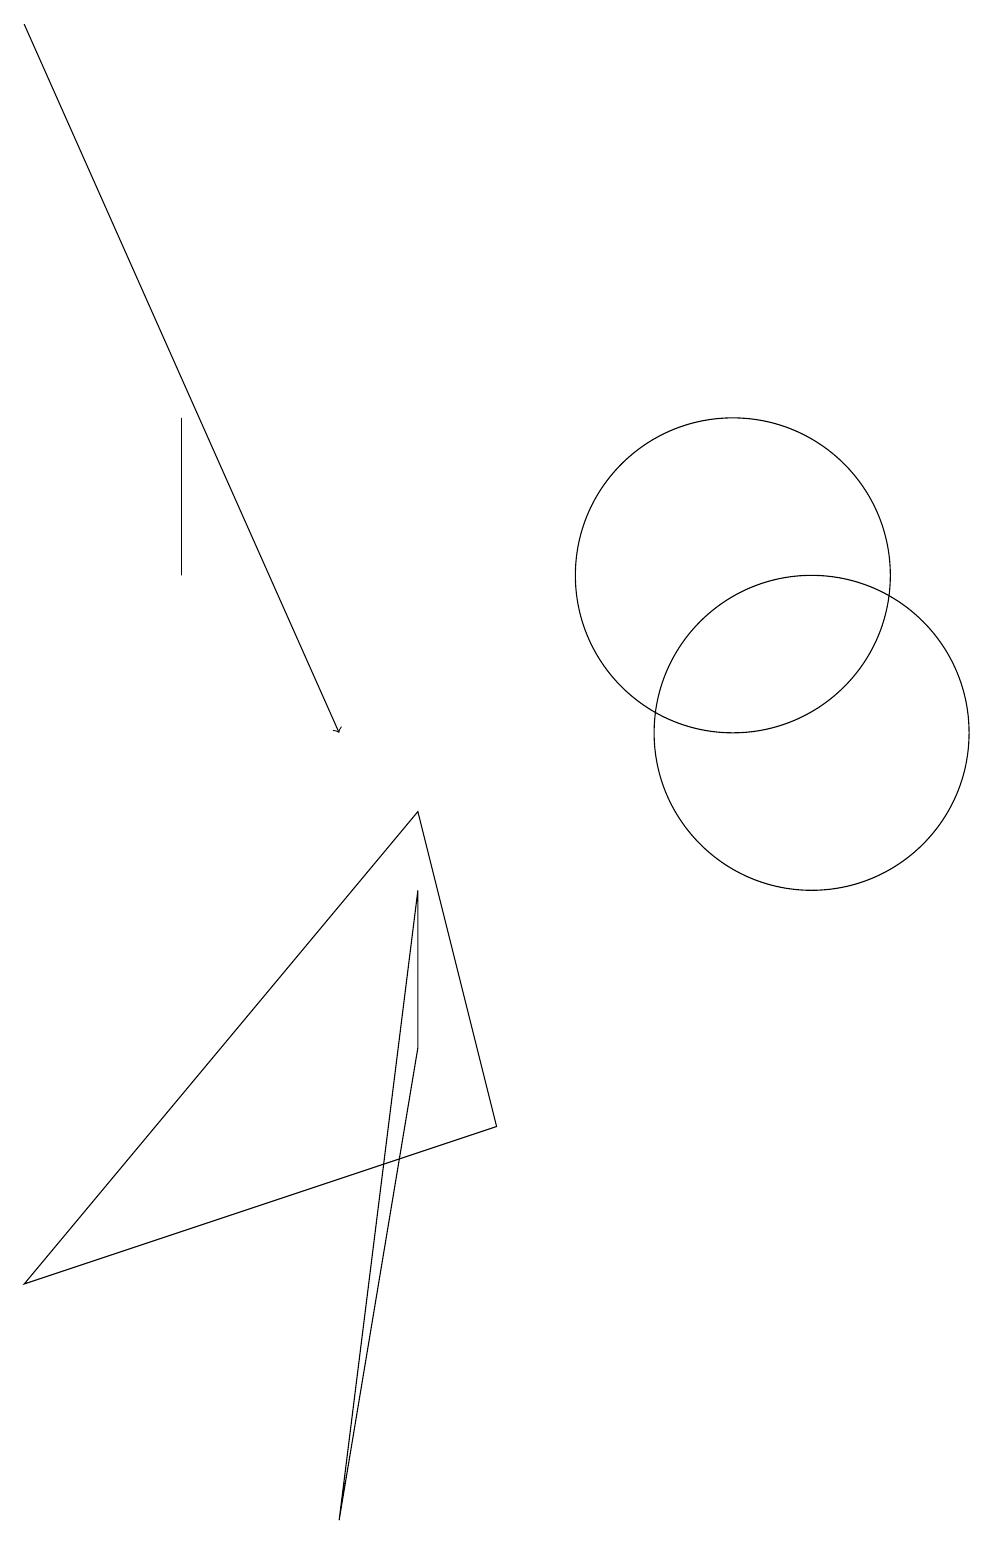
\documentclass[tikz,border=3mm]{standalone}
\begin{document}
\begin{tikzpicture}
\draw (11,10) circle (2);
\draw (10,12) circle (2);
\draw (1,3) -- (6,9) -- (7,5) -- cycle;
\draw (3,14) rectangle (3,12);
\draw (5,0) -- (6,6) -- (6,8) -- cycle;
\draw[->] (1,19) -- (5,10);
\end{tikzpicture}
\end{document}